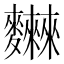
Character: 𪎂